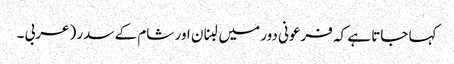
کہا جاتا ہے کہ فرعونی دور میں لبنان اور شام کے سدر (عربی ۔